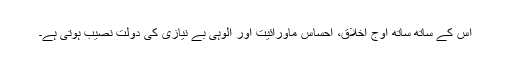
اس کے ساتھ ساتھ اوجِ اخلاق، احساسِ ماورائیت اور الوہی بے نیازی کی دولت نصیب ہوتی ہے۔